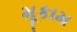
મૂકામ